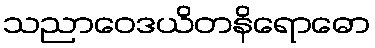
သညာဝေဒယိတနိရောဓော